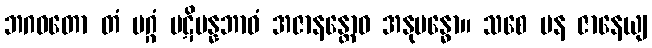
ဘဂဝတော တံ မဂ္ဂံ ပဋိပန္နဘာဝံ အဇာနန္တောဝ အနုဗန္ဓော။ သစေ ပန ဇာနေယျ